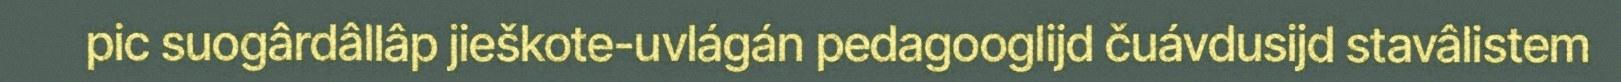
pic suogârdâllâp jieškote-uvlágán pedagooglijd čuávdusijd stavâlistem